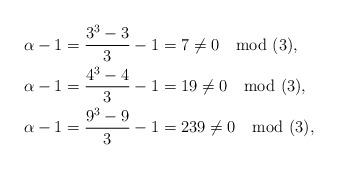
LaTeX: \begin{align*}\alpha - 1 &= \frac{3^3 - 3}{3}-1 = 7 \neq 0 \mod (3), \\ \alpha - 1 &= \frac{4^3 - 4}{3} - 1 = 19 \neq 0 \mod(3), \\\alpha - 1 &= \frac{9^3 - 9}{3} -1 = 239 \neq 0 \mod (3),\end{align*}